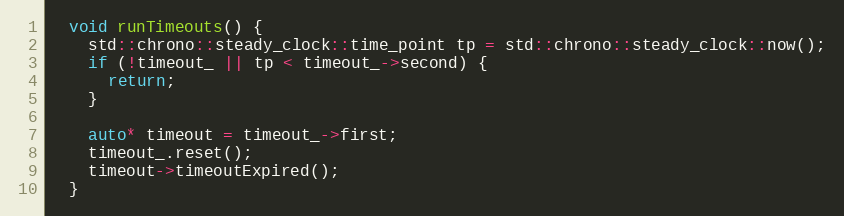
Language: C++
  void runTimeouts() {
    std::chrono::steady_clock::time_point tp = std::chrono::steady_clock::now();
    if (!timeout_ || tp < timeout_->second) {
      return;
    }

    auto* timeout = timeout_->first;
    timeout_.reset();
    timeout->timeoutExpired();
  }